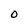
Character: O